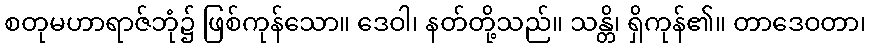
စတုမဟာရာဇ်ဘုံ၌ ဖြစ်ကုန်သော။ ဒေဝါ၊ နတ်တို့သည်။ သန္တိ၊ ရှိကုန်၏။ တာဒေဝတာ၊